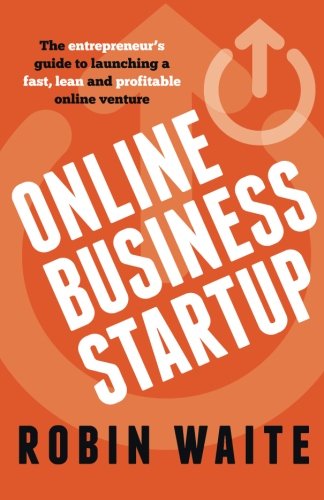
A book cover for Online Business Startup: The entrepreneur's guide to launching a fast, lean and profitable online venture; Robin Waite; Business & Money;